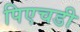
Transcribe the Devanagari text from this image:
पिएचडी